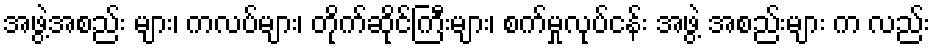
အဖွဲ့အစည်း များ၊ ကလပ်များ၊ တိုက်ဆိုင်ကြီးများ၊ စက်မှုလုပ်ငန်း အဖွဲ့ အစည်းများ က လည်း